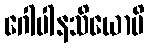
ဂေါပါနသိယောပိ